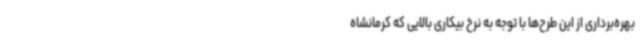
بهره‌برداری از این طرح‌ها با توجه به نرخ بیکاری بالایی که کرمانشاه